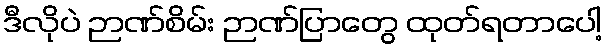
ဒီလိုပဲ ဉာဏ်စိမ်း ဉာဏ်ပြာတွေ ထုတ်ရတာပေါ့